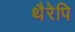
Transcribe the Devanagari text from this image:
थैरेपि